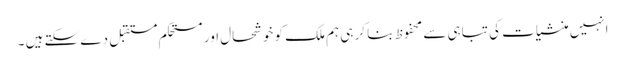
انہیں منشیات کی تباہی سے محفوظ بنا کر ہی ہم ملک کو خوشحال اور مستحکم مستقبل دے سکتے ہیں ۔